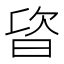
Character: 𣆾